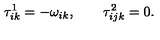
\tau _ { i k } ^ { 1 } = - \omega _ { i k } , \qquad \tau _ { i j k } ^ { 2 } = 0 .